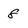
Character: 8